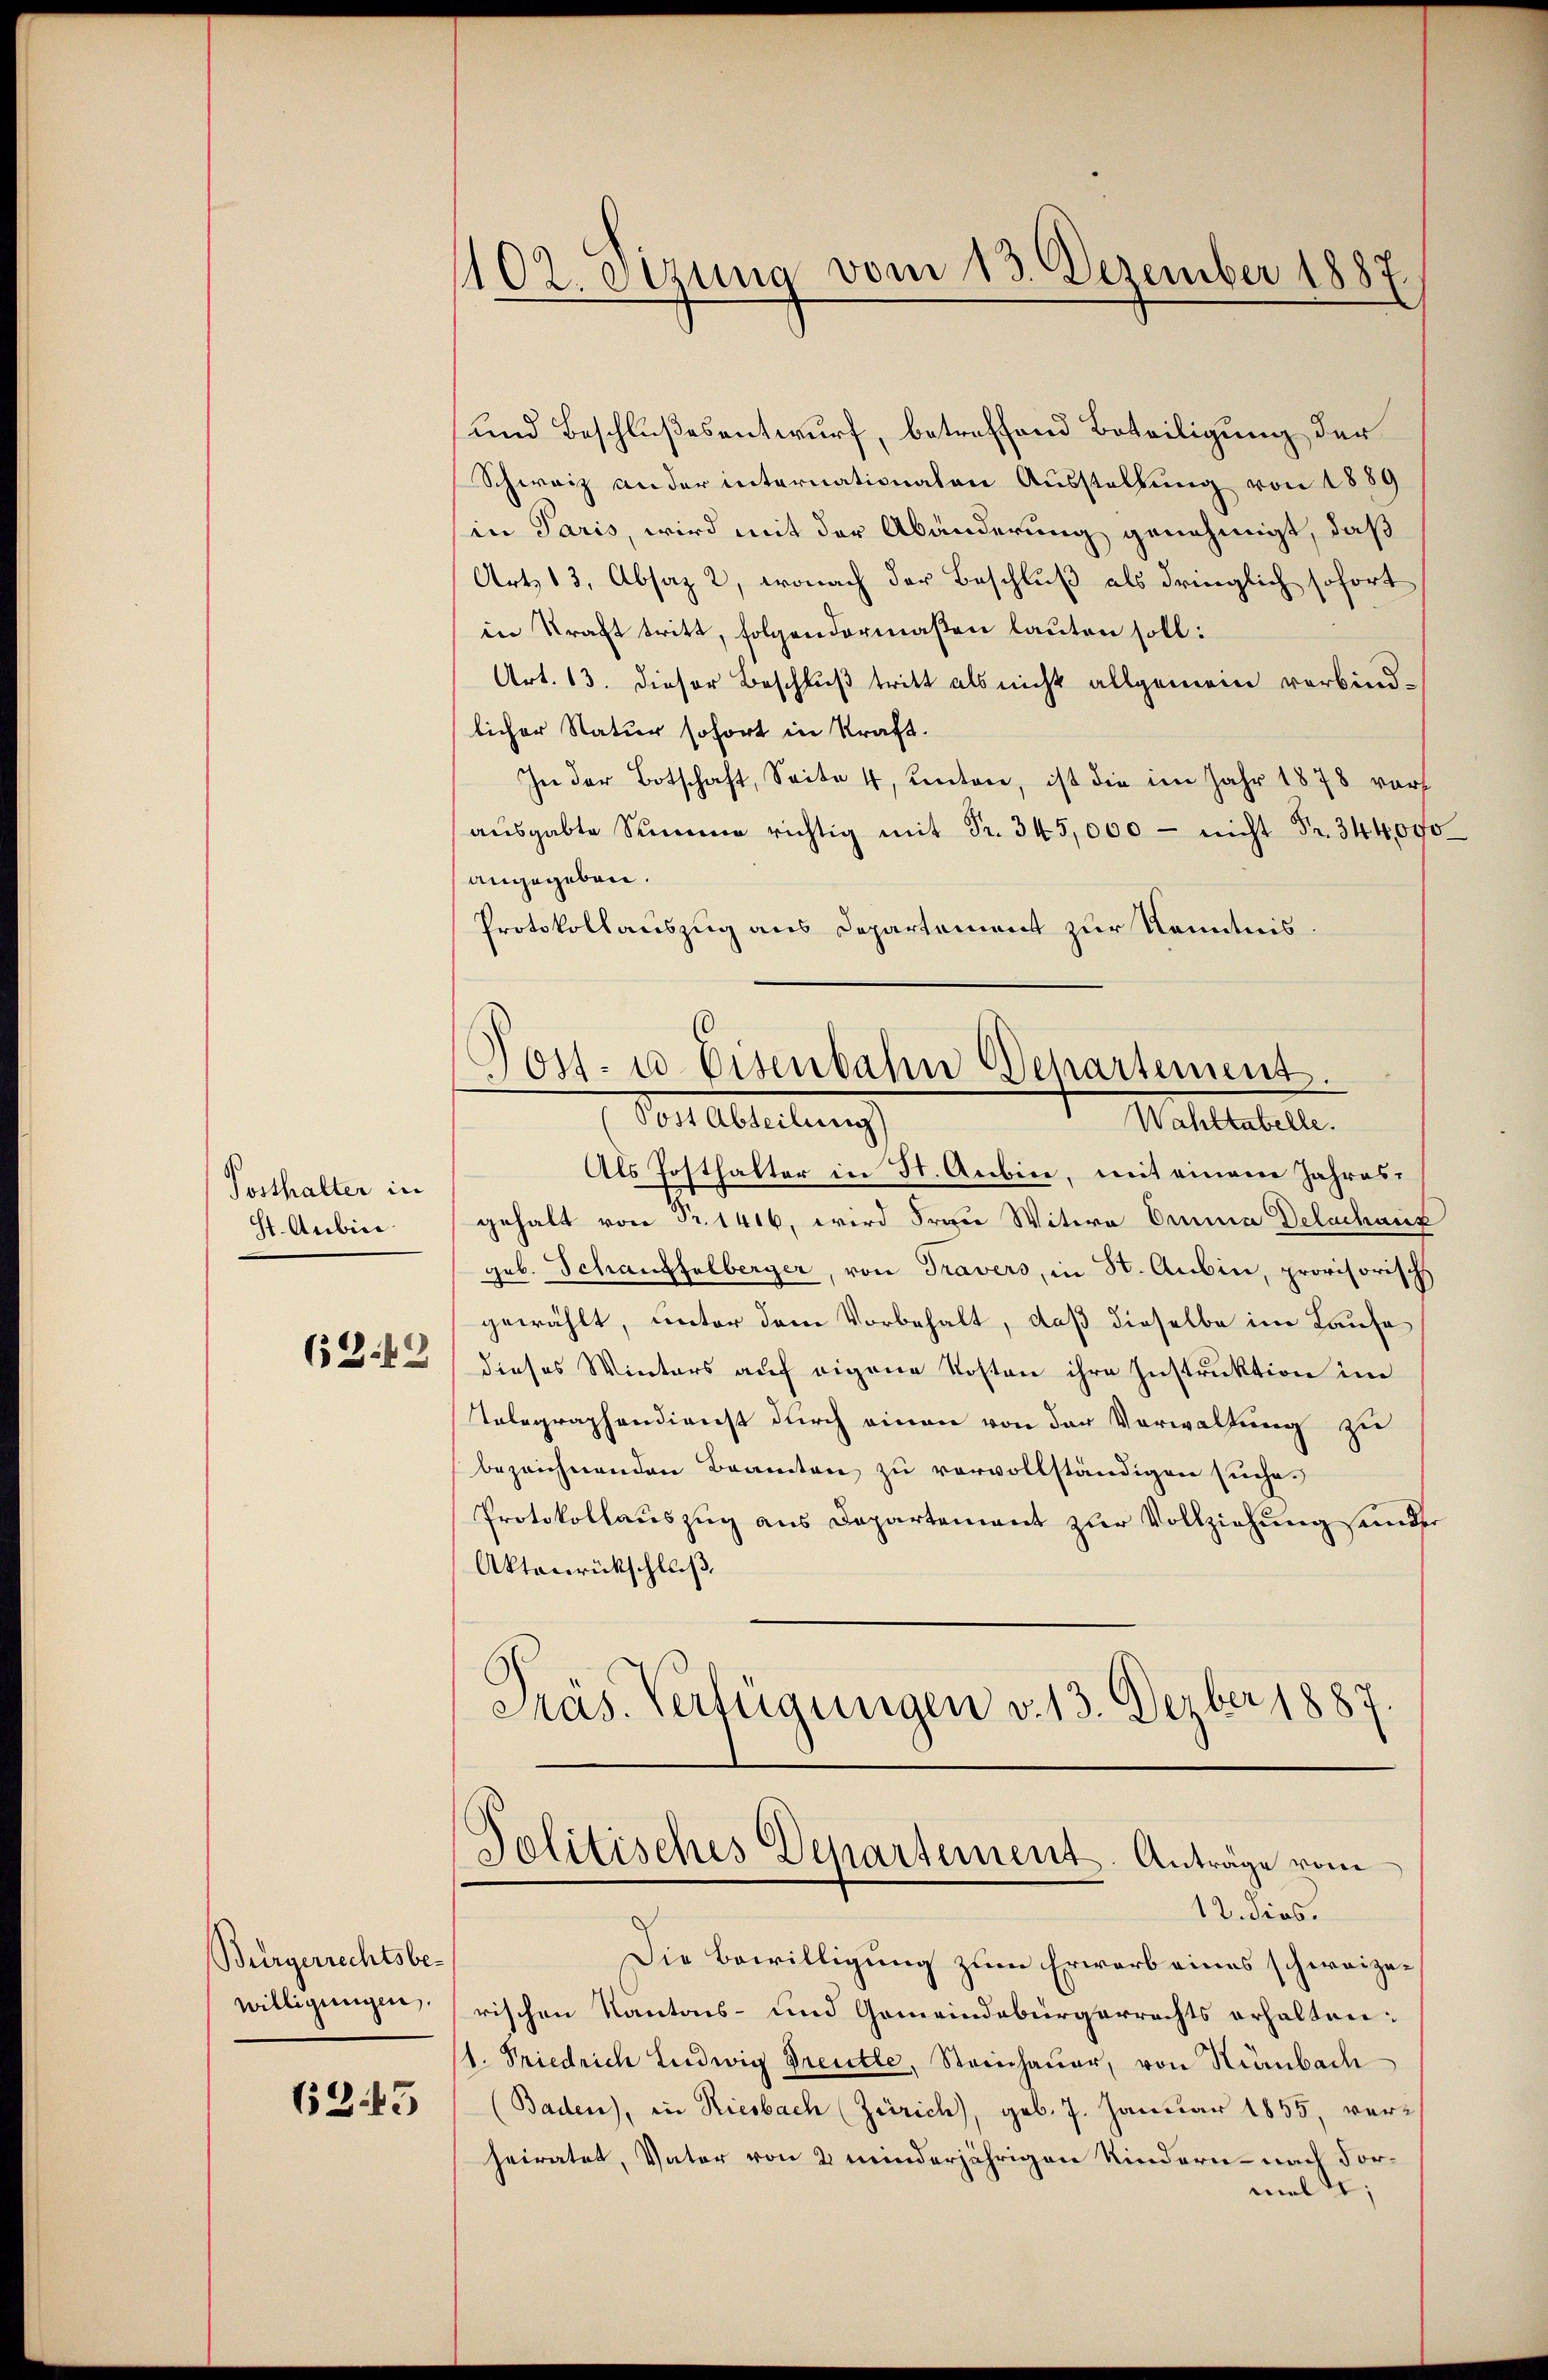
Posthalter in
St. Aubici
6242

Bürgerrechtsbewilligungen.
6245

(102. Sizung vom 13. Dezember 1887.

und Beschlußesentwurf, betreffend Beteiligung der
Schweiz ander internationalen Ausstellung von 1889
in Paris, wird mit der Abänderung genehmigt, daß
Art. 13, Absaz 2, wonach der Beschluß als dringlich sofort
in Kraft tritt, folgendermaßen lauten soll:
Art. 13. dieser Beschluß tritt als nicht allgemein verbind-
licher Natur sofort in Kraft.
In der Botschaft, Seite 4, unten, ist die im Jahr 1878 voraŭsgabte Summe richtig mit Fr. 345,000 - nicht Fr. 344000
angegeben.
Protokollauszug aus Departement zur Kenntnis.
Post- u Eisenbahn Departement.
Vor Abtretung
Wahltabelle.
Als Posthalter in St. Aubin, mit einem Jahresgehalt von Fr. 1416, wird Frau Witwe Omnia Delachanz
geb. Schauffelberger, von Travers, in St. Aubin, provisorisch
gewählt, unter dem Vorbehalt, daß dieselbe im Laufe
dieses Winters auf eigene Kosten ihre Instruktion im
Telegraphendienst durch einen von der Vorwaltung zu
bezeichnenden Beamten zu vervollständigen suche.
Protokollauszug aus Departement zur Vollziehung ander
Aktenrückschluß
Präs. Verfügungen v. 13. Dezber 1887.

Politisches Departement. Anträge vom
12. dies.

Die Bewilligung zum Erwarb eines schweizerischen Kantons- und Gemeindebürgerrechts erhalten:
(1. Friedrich Ludwig Greute, Sternhauer, von Himbach
(Baden), in Riesbach (Zürich), geb. 7. Januar 1855, verheiratet, Vater von 2 minderjährigen Kindern - nach Formel;